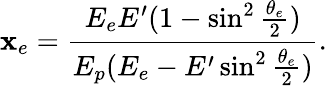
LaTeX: \mathbf{x}_{e}={\frac{{E_{e}E^{\prime}(1-\sin^{2}{\frac{{\theta_{e}}}{{2}}})}}{{E_{p}(E_{e}-E^{\prime}\sin^{2}{\frac{{\theta_{e}}}{{2}}})}}}.